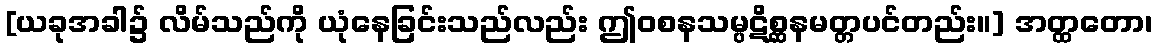
[ယခုအခါ၌ လိမ်သည်ကို ယုံနေခြင်းသည်လည်း ဤဝစနသမ္ပဋိစ္ဆနမတ္တပင်တည်း။] အတ္ထတော၊